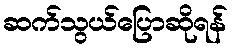
ဆက်သွယ်ပြောဆိုရန်